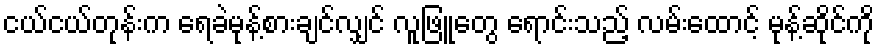
ငယ်ငယ်တုန်းက ရေခဲမုန့်စားချင်လျှင် လူဖြူတွေ ရောင်းသည့် လမ်းထောင့် မုန့်ဆိုင်ကို